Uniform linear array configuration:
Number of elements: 48
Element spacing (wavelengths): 0.5
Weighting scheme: exponential
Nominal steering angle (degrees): -15
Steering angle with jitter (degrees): -16.13
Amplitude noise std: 0.05
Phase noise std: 0.05

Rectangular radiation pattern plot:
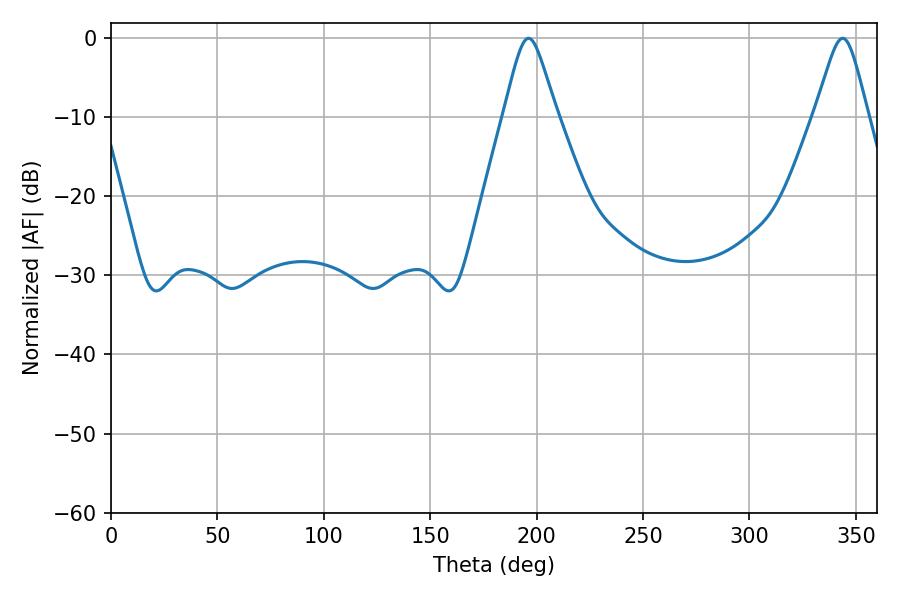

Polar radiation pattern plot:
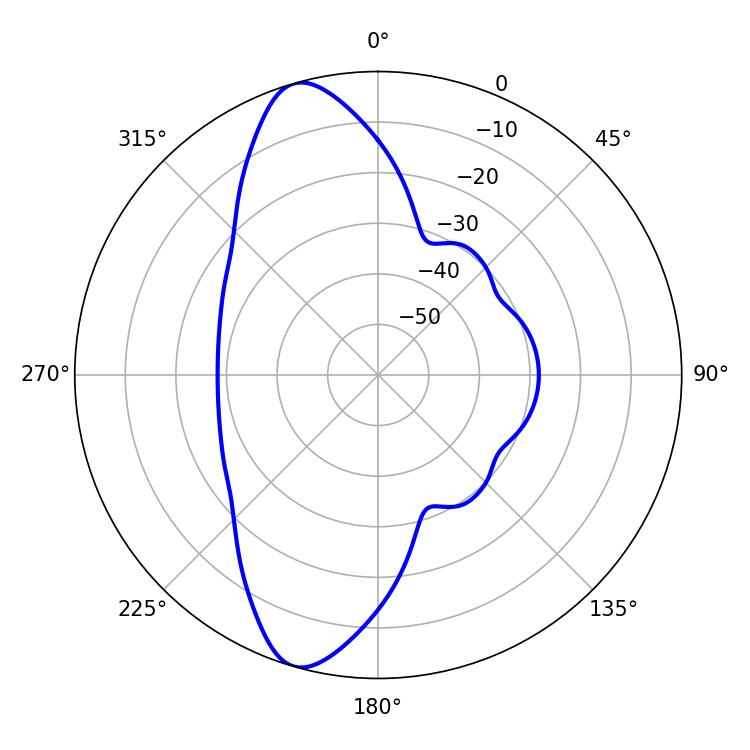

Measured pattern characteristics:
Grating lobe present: FALSE
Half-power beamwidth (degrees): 11.88
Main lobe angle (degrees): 196.2